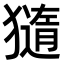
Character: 𤢍